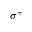
\sigma ^ { + }